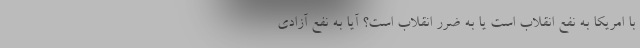
با امریکا به نفع انقلاب است یا به ضرر انقلاب است؟ آیا به نفع آزادی